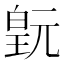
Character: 𬐍